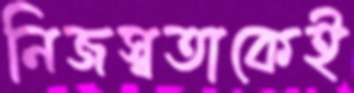
নিজস্বতাকেই